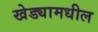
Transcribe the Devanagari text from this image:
खेड्यामधील